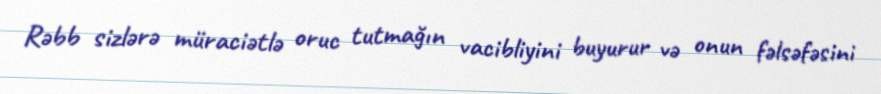
Rəbb sizlərə müraciətlə oruc tutmağın vacibliyini buyurur və onun fəlsəfəsini